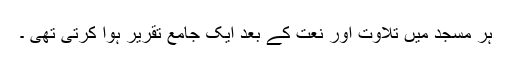
ہر مسجد میں تلاوت اور نعت کے بعد ایک جامع تقریر ہوا کرتی تھی ۔